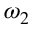
\omega _ { 2 }